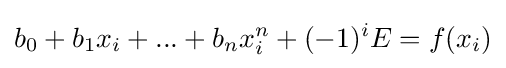
b_{0}+b_{1}x_{i}+...+b_{n}x_{i}^{n}+(-1)^{i}E=f(x_{i})